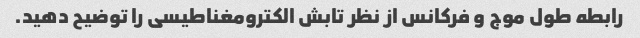
رابطه طول موج و فرکانس از نظر تابش الکترومغناطیسی را توضیح دهید.